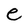
Character: e